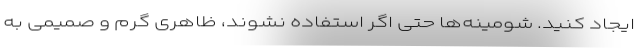
ایجاد کنید. شومینه‌ها حتی اگر استفاده نشوند، ظاهری گرم و صمیمی به